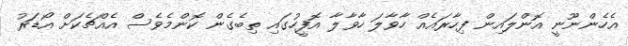
އެހެންނޫނީ އޮންލައިން ފިހާރައެއް ހާވާލަ ހާވާލާ އޮފީހުގައި ތިބެގެން ކޮންމެވެސް އެއްޗެކަށް އޯޑަރު